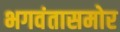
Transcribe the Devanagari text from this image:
भगवंतासमोर